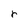
Character: r